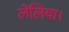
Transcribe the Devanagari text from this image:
लेलिया।